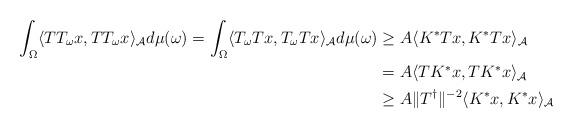
LaTeX: \begin{align*}\int_{\Omega}\langle TT_{\omega}x,TT_{\omega}x\rangle_{\mathcal{A}} d\mu(\omega)=\int_{\Omega}\langle T_{\omega}Tx,T_{\omega}Tx\rangle_{\mathcal{A}} d\mu(\omega)&\geq A\langle K^{\ast}Tx,K^{\ast}Tx\rangle_{\mathcal{A}}\\&=A\langle TK^{\ast}x,TK^{\ast}x\rangle_{\mathcal{A}}\\&\geq A\|T^{\dagger}\|^{-2}\langle K^{\ast}x,K^{\ast}x\rangle_{\mathcal{A}}\end{align*}